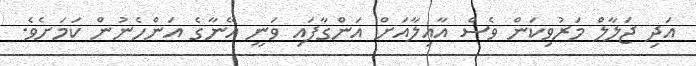
އަދި ޖަލާލް މަރުވިކަން ވެސް އާއިލާއަށް އަންގާފައި ވަނީ އޭނާގެ އަންހެނުން ކަމަށެވެ.